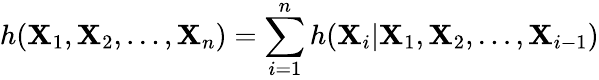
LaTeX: h(\mathbf{X}_{1},\mathbf{X}_{2},\ldots,\mathbf{X}_{n})=\sum_{i=1}^{n}h(\mathbf{X}_{i}|\mathbf{X}_{1},\mathbf{X}_{2},\ldots,\mathbf{X}_{i-1})